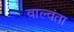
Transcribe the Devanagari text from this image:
वाल्वंता